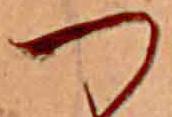
つ